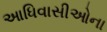
આધિવાસીઓના